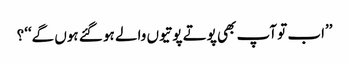
’’اب تو آپ بھی پوتے پوتیوں والے ہو گئے ہوں گے‘‘؟